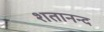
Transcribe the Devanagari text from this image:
शतानन्द